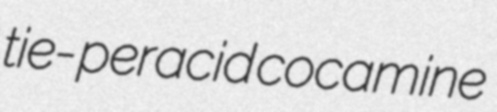
tie- peracid cocamine